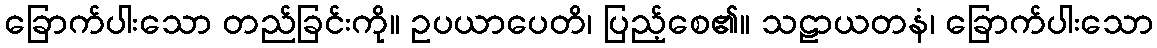
ခြောက်ပါးသော တည်ခြင်းကို။ ဥပယာပေတိ၊ ပြည့်စေ၏။ သဠာယတနံ၊ ခြောက်ပါးသော